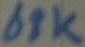
Text: 68K